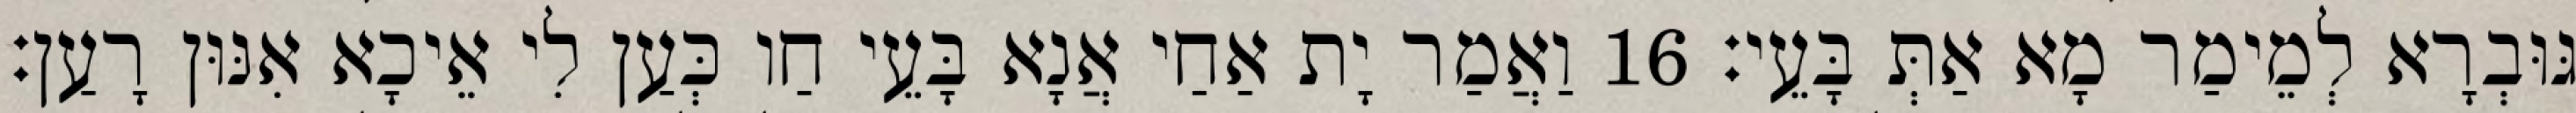
גּוּבְרָא לְמֵימַר מָא אַתְּ בָּעֵי׃ 16 וַאֲמַר יָת אַחַי אֲנָא בָּעֵי חַו כְּעַן לִי אֵיכָא אִנּוּן רָעַן׃